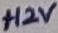
Text: +12V